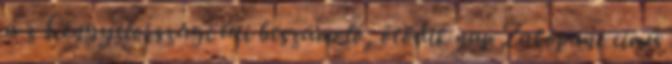
a z Lengyelországi úti beszámoló, ötödik nap Zakopane című